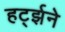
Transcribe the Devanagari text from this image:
हर्ट्झने